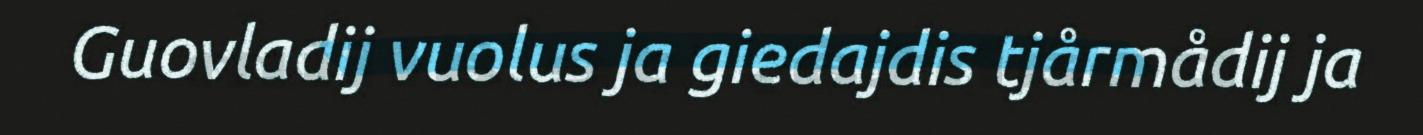
Guovladij vuolus ja giedajdis tjårmådij ja